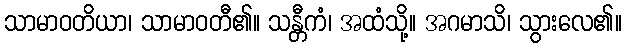
သာမာဝတိယာ၊ သာမာဝတီ၏။ သန္တီကံ၊ အထံသို့။ အဂမာသိ၊ သွားလေ၏။